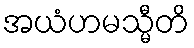
အယံဟမသ္မီတိ